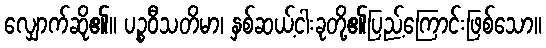
လျှောက်ဆို၏။ ပဉ္စဝီသတိမာ၊ နှစ်ဆယ့်ငါးခုတို့၏ပြည့်ကြောင်းဖြစ်သော။